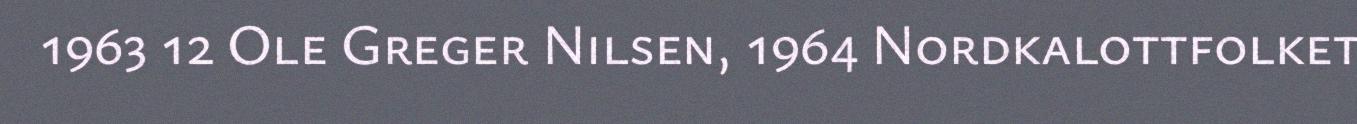
1963 12 Ole Greger Nilsen, 1964 Nordkalottfolket